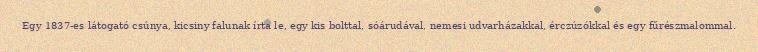
Egy 1837-es látogató csúnya, kicsiny falunak írta le, egy kis bolttal, sóárudával, nemesi udvarházakkal, érczúzókkal és egy fűrészmalommal.